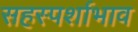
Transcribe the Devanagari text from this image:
सहस्पर्शाभाव